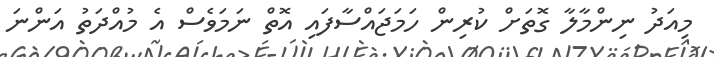
މިއަދު ނިންމާލާ ގޮތަށް ކުރިން ހަމަޖައްސާފައި އޮތް ނަމަވެސް އެ މުއްދަތު އަންނަ